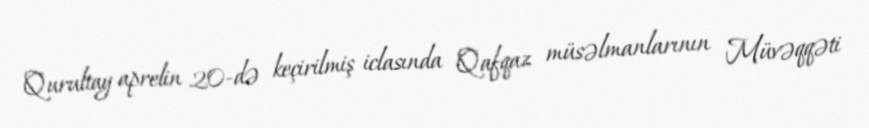
Qurultay aprelin 20-də keçirilmiş iclasında Qafqaz müsəlmanlarının Müvəqqəti